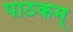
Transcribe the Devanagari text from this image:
पाठकम्